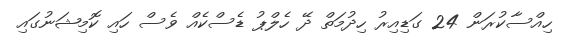
ހިއްސާކުރަން 24 ގަޑިއިރު ހިދުމަތް ދޭ ހެލްޕު ޑެސްކެއް ވެސް ހައި ކޮމިޝަނުގައި